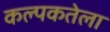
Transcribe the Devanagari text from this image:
कल्पकतेला